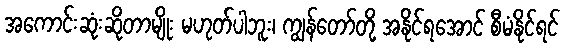
အကောင်းဆုံးဆိုတာမျိုး မဟုတ်ပါဘူး၊ ကျွန်တော်တို့ အနိုင်ရအောင် စီမံနိုင်ရင်